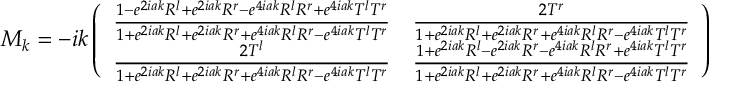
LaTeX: M _ { k } = - i k \left( \begin{array} { l l } { { { \frac { 1 - e ^ { 2 i a k } R ^ { l } + e ^ { 2 i a k } R ^ { r } - e ^ { 4 i a k } R ^ { l } R ^ { r } + e ^ { 4 i a k } T ^ { l } T ^ { r } } { 1 + e ^ { 2 i a k } R ^ { l } + e ^ { 2 i a k } R ^ { r } + e ^ { 4 i a k } R ^ { l } R ^ { r } - e ^ { 4 i a k } T ^ { l } T ^ { r } } } } } & { { { \frac { 2 T ^ { r } } { 1 + e ^ { 2 i a k } R ^ { l } + e ^ { 2 i a k } R ^ { r } + e ^ { 4 i a k } R ^ { l } R ^ { r } - e ^ { 4 i a k } T ^ { l } T ^ { r } } } } } \\ { { { \frac { 2 T ^ { l } } { 1 + e ^ { 2 i a k } R ^ { l } + e ^ { 2 i a k } R ^ { r } + e ^ { 4 i a k } R ^ { l } R ^ { r } - e ^ { 4 i a k } T ^ { l } T ^ { r } } } } } & { { { \frac { 1 + e ^ { 2 i a k } R ^ { l } - e ^ { 2 i a k } R ^ { r } - e ^ { 4 i a k } R ^ { l } R ^ { r } + e ^ { 4 i a k } T ^ { l } T ^ { r } } { 1 + e ^ { 2 i a k } R ^ { l } + e ^ { 2 i a k } R ^ { r } + e ^ { 4 i a k } R ^ { l } R ^ { r } - e ^ { 4 i a k } T ^ { l } T ^ { r } } } } } \end{array} \right)